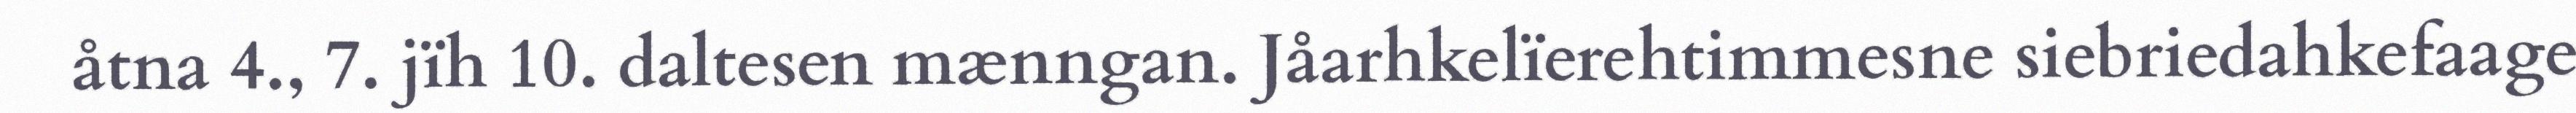
åtna 4., 7. jïh 10. daltesen mænngan. Jåarhkelïerehtimmesne siebriedahkefaage